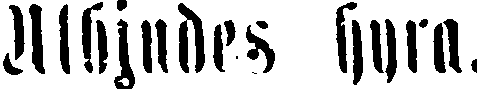
Utbjudes hyra.